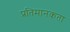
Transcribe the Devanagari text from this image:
प्रतिमानकता